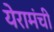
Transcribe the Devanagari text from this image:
येरामंची